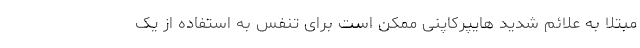
مبتلا به علائم شدید هایپرکاپنی ممکن است برای تنفس به استفاده از یک